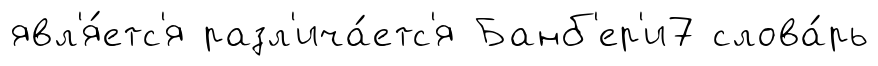
явл'я́етс'я разл'ича́етс'я Банб'ер'и7 слова́рь